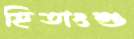
হিতাংশু